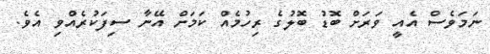
ނަމަވެސް އެއީ ވަރަށް ބޮޑު ބޮލުގެ ރިހުމެއް ކަމަށް އޭނާ ސިފަކުރެއްވި އެވެ.